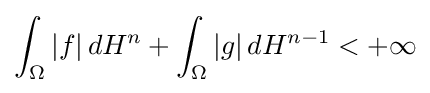
\int _{\Omega }\vert f\vert \,dH^{n}+\int _{\Omega }\vert g\vert \,dH^{n-1}<+\infty